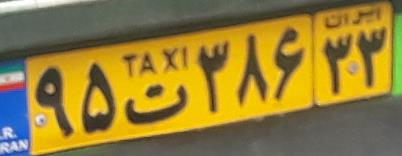
۹۵ت۳۸۶۳۳